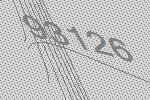
93126